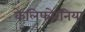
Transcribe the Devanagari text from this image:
केलिफोरनिया